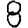
Digit: 8